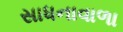
સાધનાવાળા